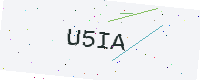
Text: U5IA